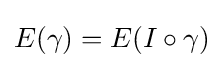
E(\gamma )=E(I\circ \gamma )